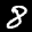
Label: 8